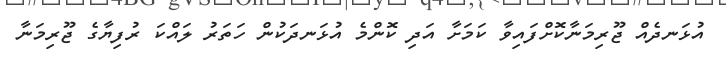
އުޅަނދެއް ޖޫރިމަނާކޮށްފައިވާ ކަމަށާ އަދި ކޮންމެ އުޅަނދަކުން ހަތަރު ލައްކަ ރުފިޔާގެ ޖޫރިމަނާ